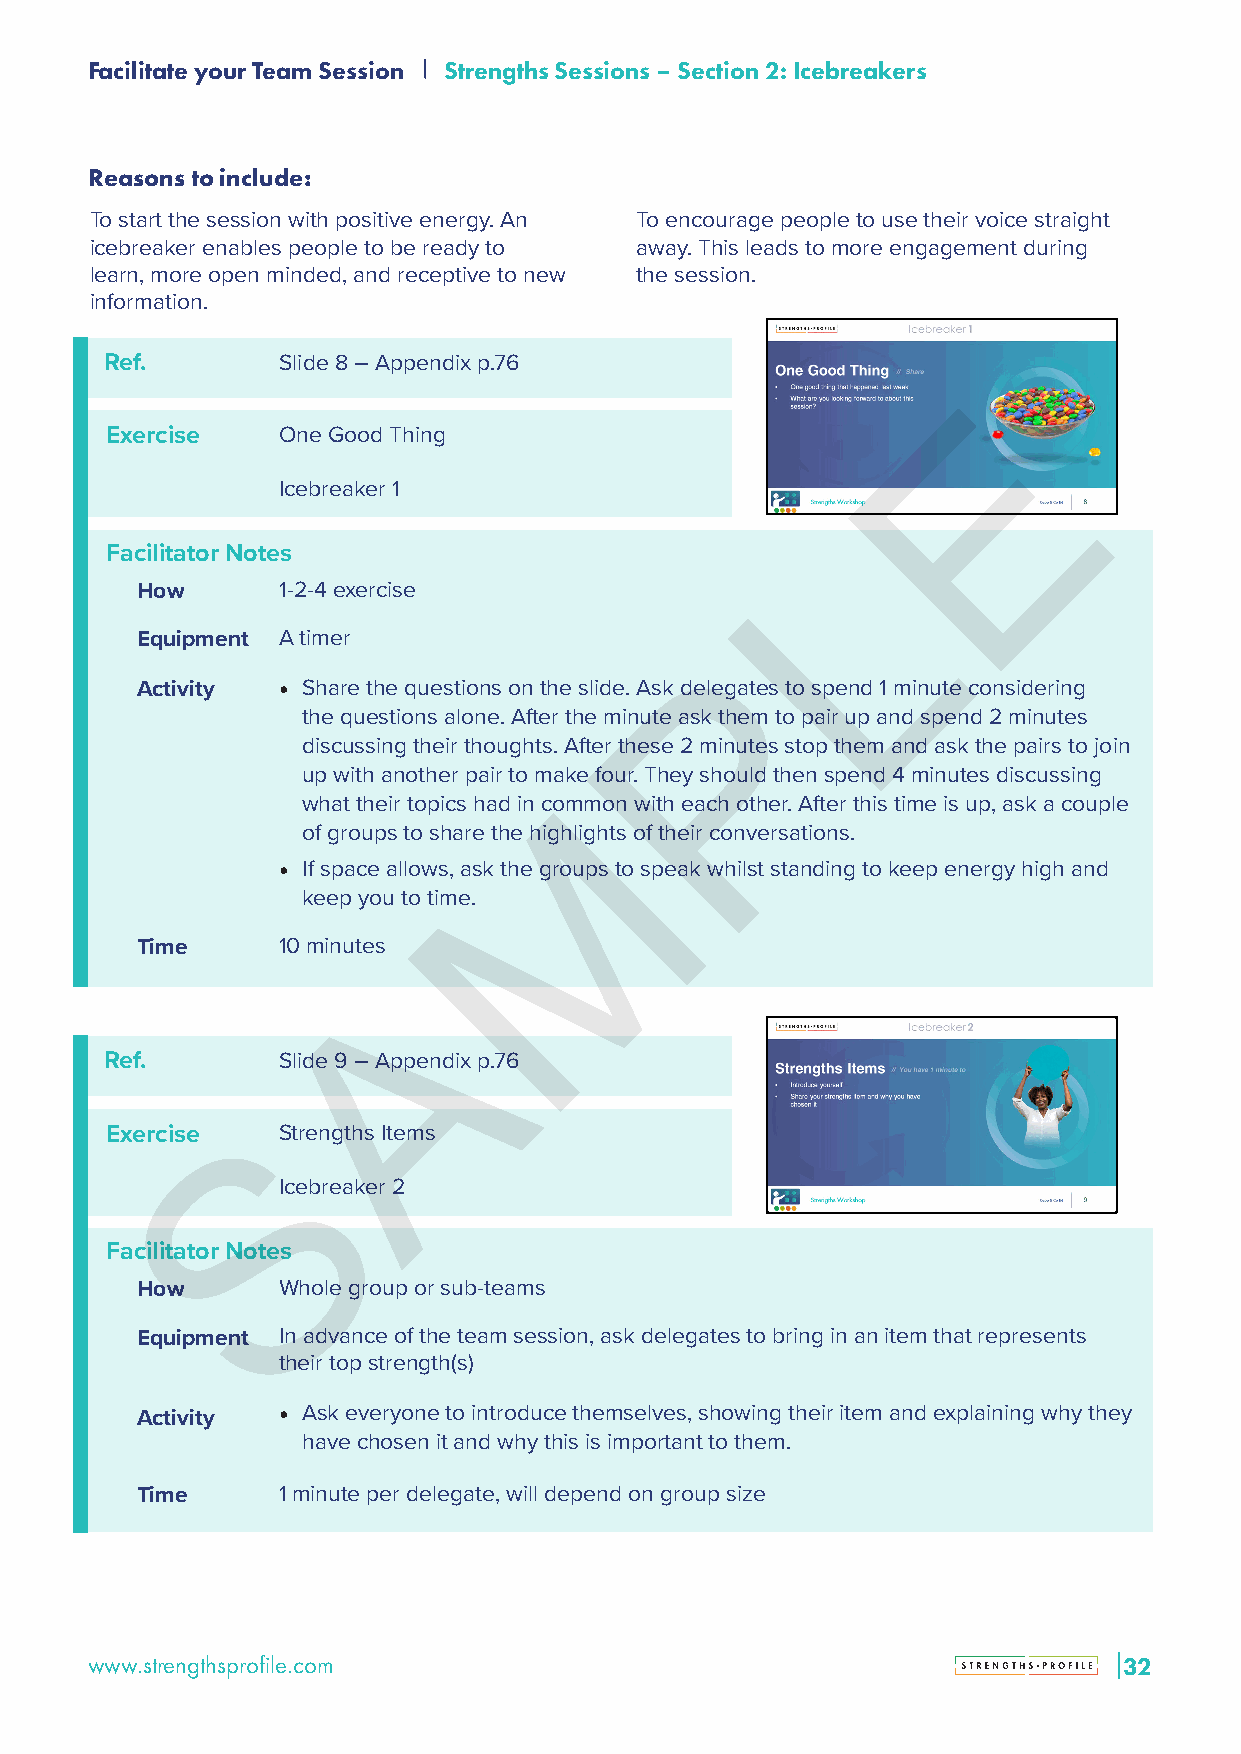
Facilitate your Team Session Strengths Sessions – Section 2: Icebreakers
 Reasons to include:
 To start the session with positive energy. An To encourage people to use their voice straight
 icebreaker enables people to be ready to away. This leads to more engagement during
 learn, more open minded, and receptive to new the session.
 information.
 Ref.       Slide 8 – Appendix p.76
 E
 Exercise   One Good Thing
 Icebreaker 1
 L
 Facilitator Notes
 How      1-2-4 exercise
 Equipment A timer
 P
 Activity • Share the questions on the slide. Ask delegates to spend 1 minute considering
 the questions alone. After the minute ask them to pair up and spend 2 minutes
 discussing their thoughts. After these 2 minutes stop them and ask the pairs to join
 up with another pair to make four. They should then spend 4 minutes discussing
 M
 what their topics had in common with each other. After this time is up, ask a couple
 of groups to share the highlights of their conversations.
 • If space allows, ask the groups to speak whilst standing to keep energy high and
 keep you to time.
 Time     10 minutes
 A
 Ref.       Slide 9 – Appendix p.76
 S
 Exercise   Strengths Items
 Icebreaker 2
 Facilitator Notes
 How      Whole group or sub-teams
 Equipment In advance of the team session, ask delegates to bring in an item that represents
 their top strength(s)
 Activity • Ask everyone to introduce themselves, showing their item and explaining why they
 have chosen it and why this is important to them.
 Time     1 minute per delegate, will depend on group size
 www.strengthsprofile.com                                            3322